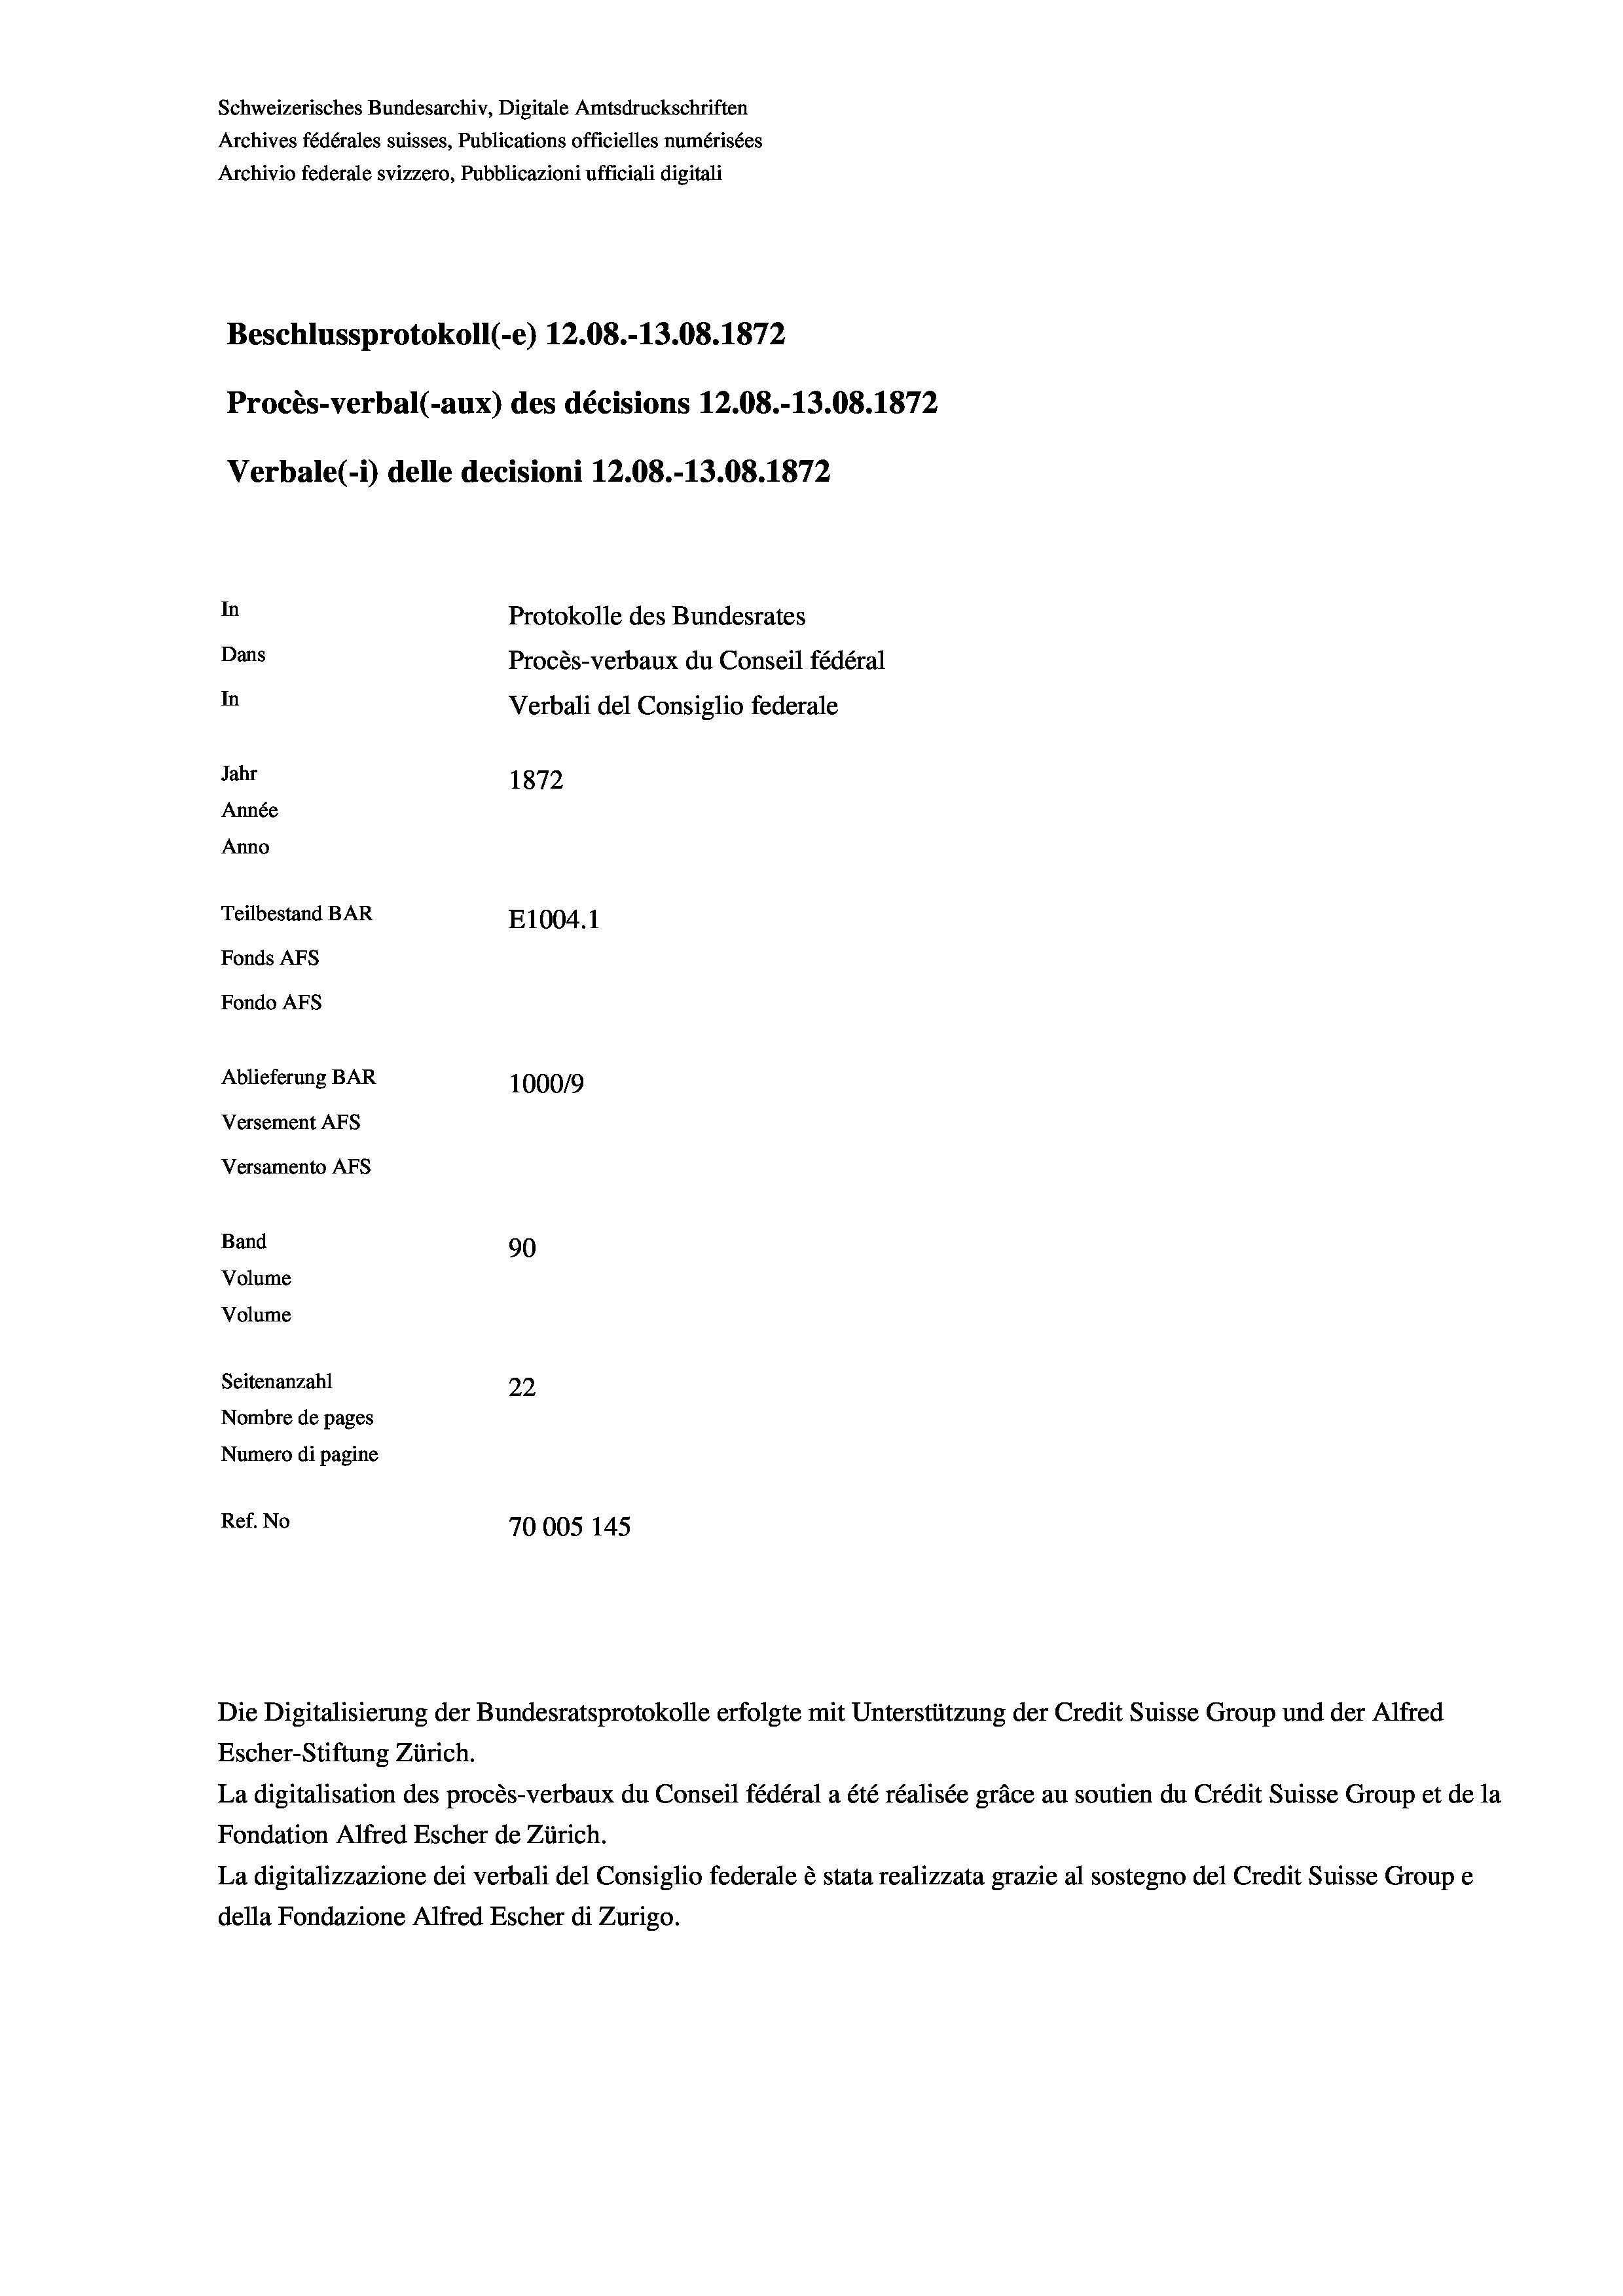
Schweizerisches Bundesarchiv, Digitale Amtsdruckschriften
Archives fédérales suisses, Publications officielles numérisées
Archivio federale svizzero, Pubblicazioni ufficiali digitali
Beschlussprotokoll (-e) 12.08.-13.08. 1872
Procès-verbal (-aux) des décisions 12.08.-13.08. 1872
Verbale (- 1) delle decisioni 12.08.-13.08. 1872
In
Protokolle des Bundesrates
Dans
Procès-verbaux du Conseil fédéral
In
Verbali del Consiglio federale
Jahr
1872
Année
Anno
Teilbestand BAR
E1004. 1
Fonds AFs
Fondo Afs
Ablieferung BAR
100019
Versement AFs
Versamento Afs
Band
90
Volume
Volume
Seitenanzahl
22
Nombre de pages
Numero di pagine
Ref. No
70005 145

La digitalisation des procès-verbaux du Conseil fédéral a été réalisée gräce au soutien du Crédit Suisse Group et de la
Fondation Alfred Escher de Zürich.
La digitalizzazione dei verbali del Consiglio federale è stata realizzata grazie al sostegno del Credit Suisse Groupe
della Fondazione Alfred Escher di Zurigo.

Die Digitalisierung der Bundesratsprotokolle erfolgte mit Unterstützung der Credit Suisse Group und der Alfred
Escher-Stiftung Zürich.